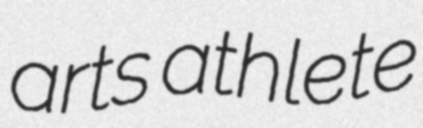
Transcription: arts athlete